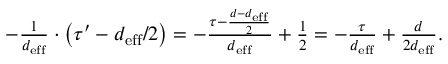
\begin{array} { r } { - \frac { 1 } { d _ { \mathrm { e f f } } } \cdot \left( \tau ^ { \prime } - d _ { \mathrm { e f f } } / 2 \right) = - \frac { \tau - \frac { d - d _ { \mathrm { e f f } } } { 2 } } { d _ { \mathrm { e f f } } } + \frac { 1 } { 2 } = - \frac { \tau } { d _ { \mathrm { e f f } } } + \frac { d } { 2 d _ { \mathrm { e f f } } } . } \end{array}